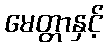
မေတ္တာနှင့်